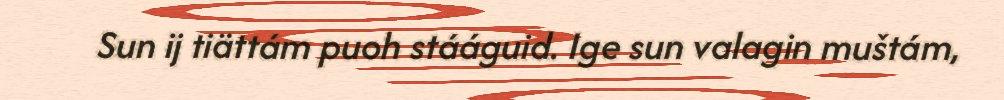
Sun ij tiättám puoh stááguid. Ige sun valagin muštám,